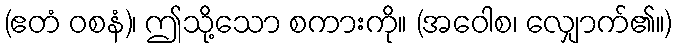
(ဧတံ ဝစနံ)၊ ဤသို့သော စကားကို။ (အဝေါစ၊ လျှောက်၏။)